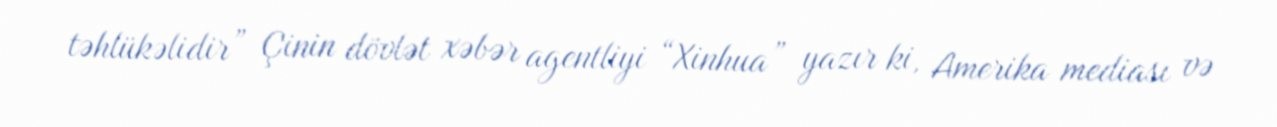
təhlükəlidir” Çinin dövlət xəbər agentliyi “Xinhua” yazır ki, Amerika mediası və